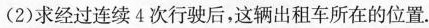
(2)求经过连续4次行驶后，这辆出租车所在的位置.